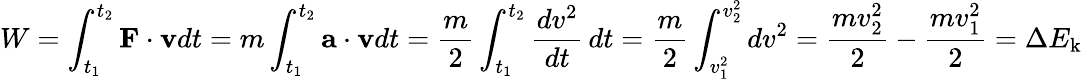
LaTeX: W=\int_{t_{1}}^{t_{2}}\mathbf{F}\cdot\mathbf{v}dt=m\int_{t_{1}}^{t_{2}}\mathbf{a}\cdot\mathbf{v}dt={\frac{m}{2}}\int_{t_{1}}^{t_{2}}{\frac{dv^{2}}{dt}}\, dt={\frac{m}{2}}\int_{v_{1}^{2}}^{v_{2}^{2}}dv^{2}={\frac{mv_{2}^{2}}{2}}-{\frac{mv_{1}^{2}}{2}}=\Delta E_{\mathrm{k}}